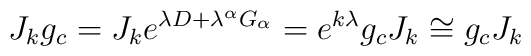
J_{k}g_{c}=J_{k}e^{\lambda D+\lambda ^{\alpha }G_{\alpha }}=e^{k\lambda}g_{c}J_{k}\cong g_{c}J_{k}